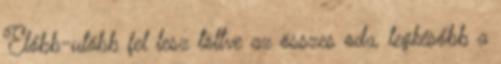
Előbb-utóbb fel lesz töltve az összes oda, legkésőbb a